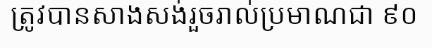
ត្រូវបានសាងសង់រួចរាល់ប្រមាណជា ៩០